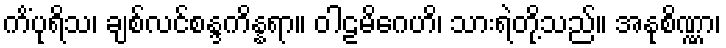
ကိံပုရိသ၊ ချစ်လင်စန္ဒကိန္နရာ။ ဝါဠမိဂေဟိ၊ သားရဲတို့သည်။ အနုစိဏ္ဏာ၊